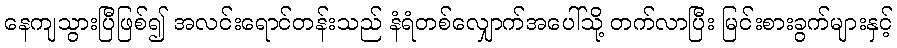
နေကျသွားပြီဖြစ်၍ အလင်းရောင်တန်းသည် နံရံတစ်လျှောက်အပေါ်သို့ တက်လာပြီး မြင်းစားခွက်များနှင့်